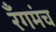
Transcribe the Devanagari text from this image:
रँगमंच